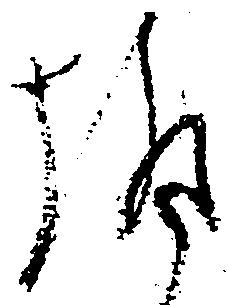
趣